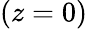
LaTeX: (z=0)